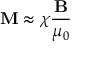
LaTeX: \mathbf { M } \approx \chi { \frac { \mathbf { B } } { \mu _ { 0 } } }